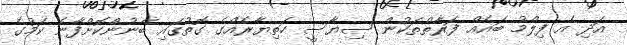
އަދި އެ ފިލްމު ބައެއް ފަރާތްތަކުން ސިޔާސީ ހަތިޔާރެއްގެ ގޮތުގައި ބޭނުންކޮށްފާނެ ކަމުގެ